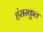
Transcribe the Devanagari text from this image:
हंसस्कूल